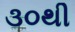
૩૦થી